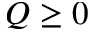
Q \ge 0